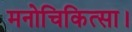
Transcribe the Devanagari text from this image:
मनोचिकित्सा।